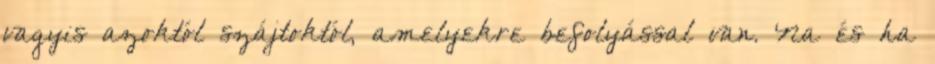
vagyis azoktól szájtoktól, amelyekre befolyással van. Na és ha